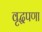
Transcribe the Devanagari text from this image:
वृद्धपणा